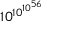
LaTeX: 1 0 ^ { 1 0 ^ { 1 0 ^ { 5 6 } } }